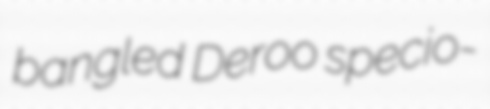
bangled Deroo specio-